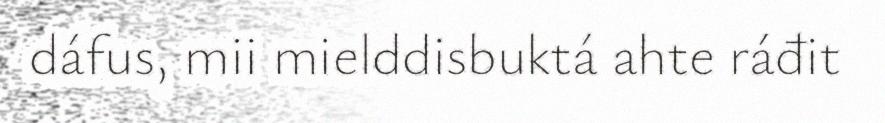
dáfus, mii mielddisbuktá ahte ráđit